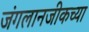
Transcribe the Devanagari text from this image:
जंगलानजीकच्या